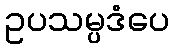
ဥပသမ္ပဒံပေ